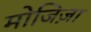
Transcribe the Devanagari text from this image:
मोजिज़ा